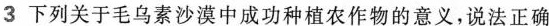
3下列关于毛乌素沙漠中成功种植农作物的意义，说法正确